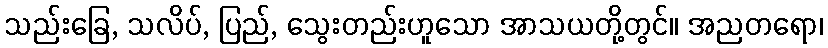
သည်းခြေ, သလိပ်, ပြည်, သွေးတည်းဟူသော အာသယတို့တွင်။ အညတရော၊